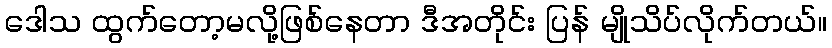
ဒေါသ ထွက်တော့မလို့ဖြစ်နေတာ ဒီအတိုင်း ပြန် မျိုသိပ်လိုက်တယ်။